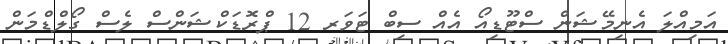
އަމިއްލަ އެނިމޭޝަން ސްޓޫޑިއޯ އެއް ސިބް ޓަވަރ 12 ޕްރޮޑަކްޝަންސް ލެސް ގޯލްޑްމަން